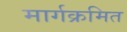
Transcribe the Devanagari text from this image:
मार्गक्रमित